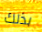
بذلك